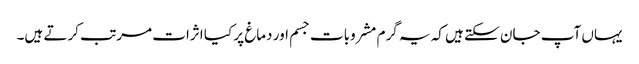
یہاں آپ جان سکتے ہیں کہ یہ گرم مشروبات جسم اور دماغ پر کیا اثرات مرتب کرتے ہیں۔